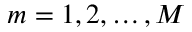
m = 1 , 2 , \ldots , M